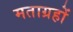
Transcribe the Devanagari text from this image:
मताग्रहों